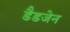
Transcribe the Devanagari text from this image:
डैडजेन